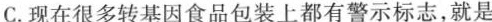
C.现在很多转基因食品包装上都有警示标志，就是